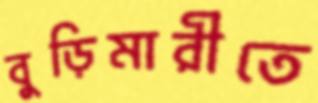
বুড়িমারীতে